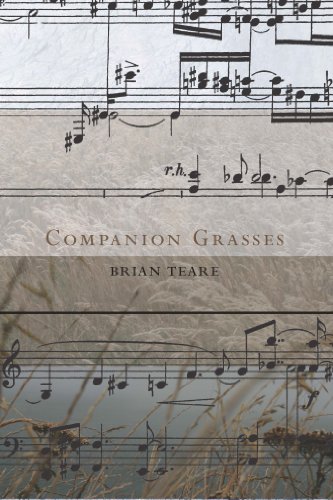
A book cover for Companion Grasses; Brian Teare; Gay & Lesbian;